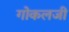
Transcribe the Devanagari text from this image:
गोकलजी